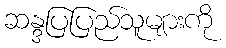
ဆန္ဒပြပြည်သူများကို